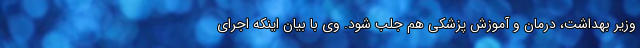
وزیر بهداشت، درمان و آموزش پزشکی هم جلب شود. وی با بیان اینکه اجرای